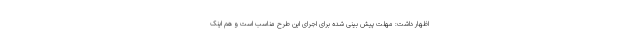
اظهار داشت: مهلت پیش بینی شده برای اجرای این طرح مناسب است و هم اینک